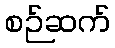
စဉ်ဆက်